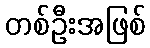
တစ်ဦးအဖြစ်